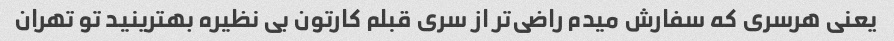
یعنی هرسری که سفارش میدم راضی‌تر از سری قبلم کارتون بی نظیره بهترینید تو تهران